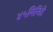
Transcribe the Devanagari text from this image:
४५मिनिटे